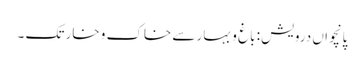
پانچواں درویش: باغ و بہار سے خاک و خار تک ۔